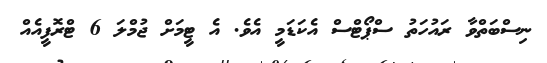
ނިސްބަތްވާ ރައުހަތު ސްޕޯޓްސް އެކަޑަމީ އެވެ. އެ ޓީމަށް ޖުމްލަ 6 ޓްރޮފީއެއް